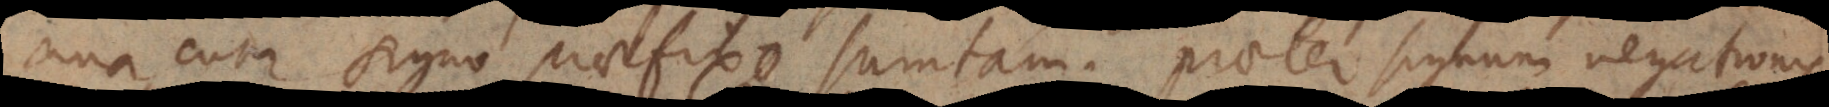
una cum signo praefixo sumtam. Praeter signum negationis